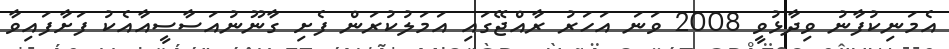
އެމަނިކުފާނު ވިދާޅުވީ 2008 ވަނަ އަހަރު ރާއްޖޭގައި އަމަލުކުރަން ފެށި ގާނޫނުއަސާސީއާއެކު ފަށާފައިވާ